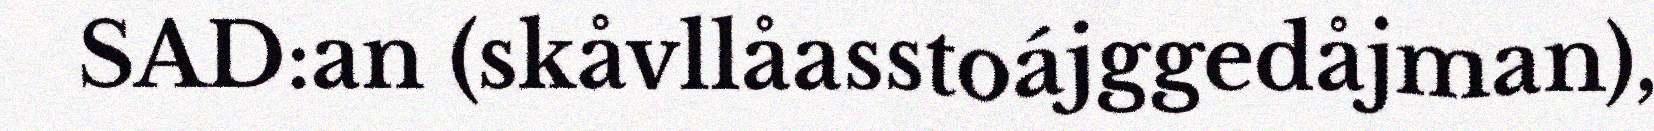
SAD:an (skåvllåasstoájggedåjman),